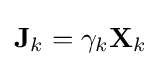
\mathbf {J} _{k}=\gamma _{k}\mathbf {X} _{k}